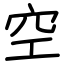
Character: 空